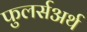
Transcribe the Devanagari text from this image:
फुलर्सअर्थ